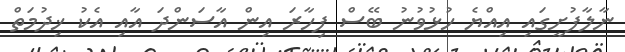
ނާލާފުށީގައި އިއްޔެ ހުޅުވުނު ބޭސް ފިހާރަ އިން އާސަންދަ އާއި އެކު ޚިދުމަތް